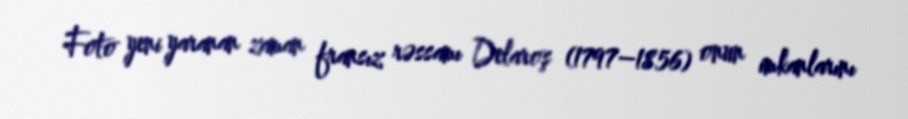
Foto yeni yaranan zaman fransız rəssamı Delaroş (1797–1856) onun imkanlarını